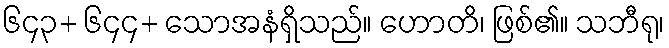
၆၄၃+ ၆၄၄+ သောအနံရှိသည်။ ဟောတိ၊ ဖြစ်၏။ သဘီရု၊